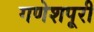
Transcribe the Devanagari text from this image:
गणेशपूरी